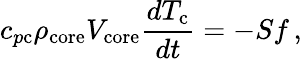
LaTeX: c_{p\mathrm{c}}\rho_{\mathrm{core}}V_{\mathrm{core}}\frac{dT_{\mathrm{c}}}{dt}=-Sf\, ,